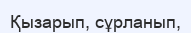
Қызарып, сұрланып,